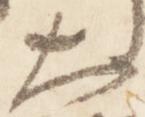
大